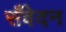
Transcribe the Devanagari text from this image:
सँवेदन